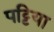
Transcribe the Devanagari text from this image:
पट्टिया